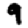
Digit: 9